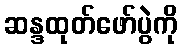
ဆန္ဒထုတ်ဖော်ပွဲကို